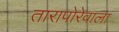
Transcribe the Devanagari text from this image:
तारापोरेवाला